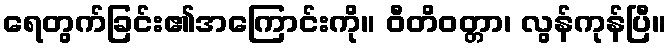
ရေတွက်ခြင်း၏အကြောင်းကို။ ဝီတိဝတ္တာ၊ လွန်ကုန်ပြီ။